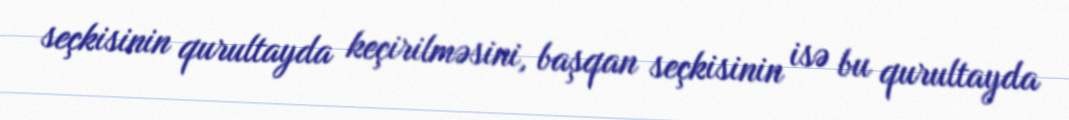
seçkisinin qurultayda keçirilməsini, başqan seçkisinin isə bu qurultayda